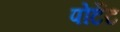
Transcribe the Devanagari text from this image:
पोर्टेट